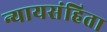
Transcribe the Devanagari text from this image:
न्यायसंहिता